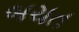
બચત